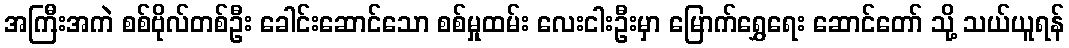
အကြီးအကဲ စစ်ဗိုလ်တစ်ဦး ခေါင်းဆောင်သော စစ်မှုထမ်း လေးငါးဦးမှာ မြောက်ရွှေရေး ဆောင်တော် သို့ သယ်ယူရန်